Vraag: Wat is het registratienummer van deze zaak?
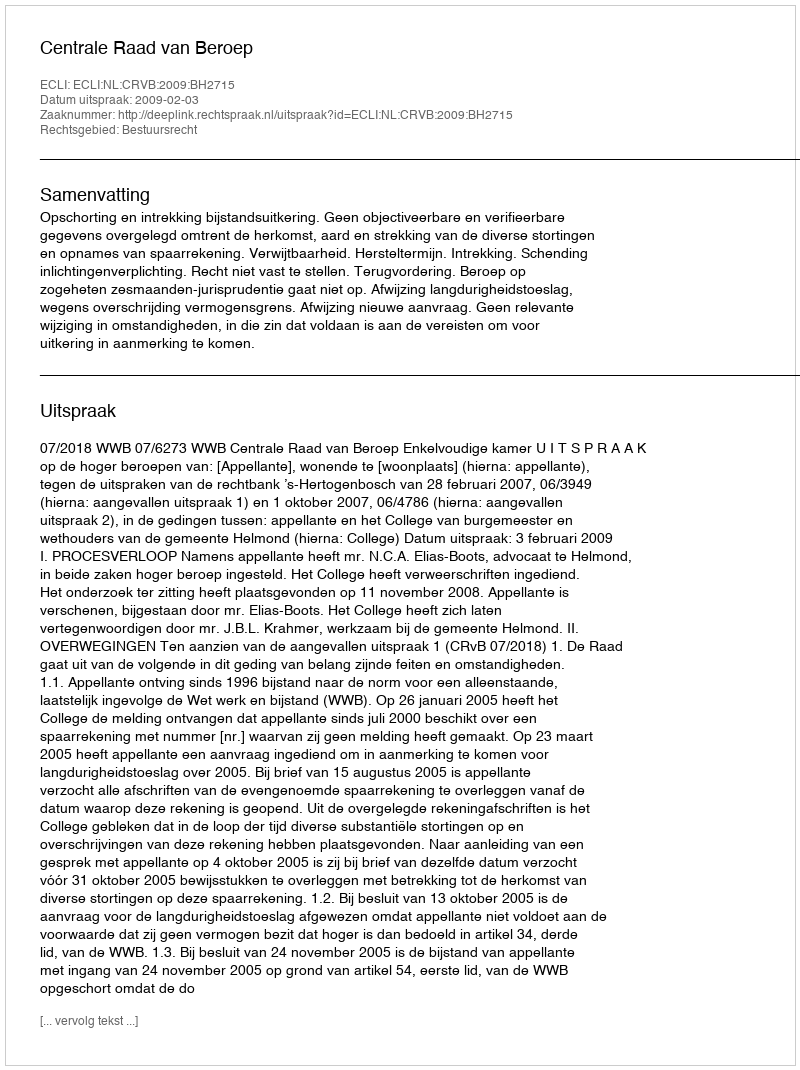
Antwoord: http://deeplink.rechtspraak.nl/uitspraak?id=ECLI:NL:CRVB:2009:BH2715